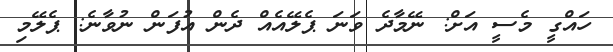
ހައްގީ މެސީ އަށް: ނޭމާދެ ވަނަ ޕެލޭއެއް ދެން އުފަން ނުވާނެ: ޕެލޭމި